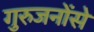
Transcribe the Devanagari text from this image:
गुरुजनोंसे